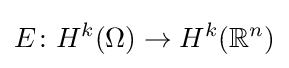
E\colon H^{k}(\Omega )\rightarrow H^{k}(\mathbb {R} ^{n})